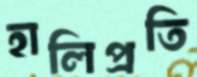
হালিপ্রতি